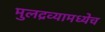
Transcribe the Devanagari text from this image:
मुलद्रव्यामध्येच